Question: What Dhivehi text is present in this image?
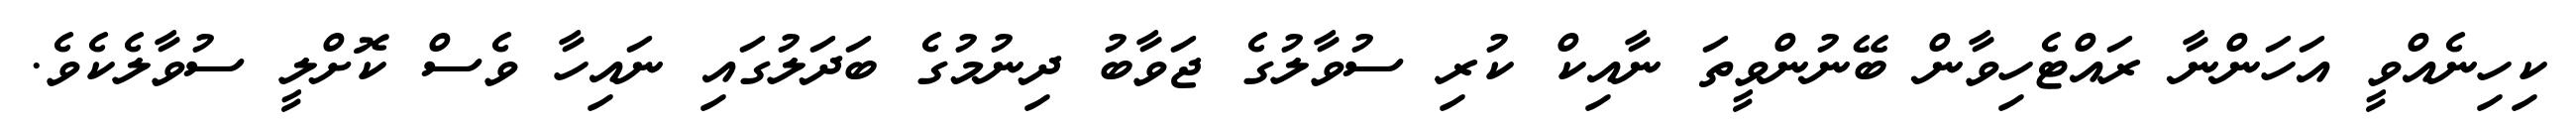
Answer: ކިހިނެއްވީ އަހަންނާ ރައްޓެހިވާން ބޭނުންވީތަ ނާއިކް ކުރި ސުވާލުގެ ޖަވާބު ދިނުމުގެ ބަދަލުގައި ނައިހާ ވެސް ކޮށްލީ ސުވާލެކެވެ.